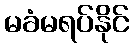
မခံမရပ်နိုင်